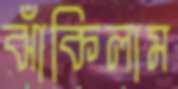
ঝাঁকিলাম